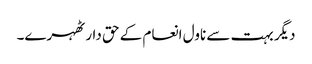
دیگر بہت سے ناول انعام کے حق دار ٹھہرے۔